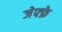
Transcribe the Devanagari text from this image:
जेफ्फ्रे